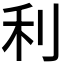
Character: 利